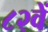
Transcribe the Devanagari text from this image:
८२वें